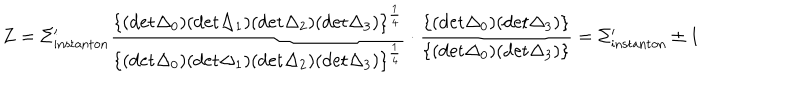
Z = \Sigma _ { \mathrm { i n s t a n t o n } } ^ { \prime } { \frac { \{ ( \mathrm { d e t } \Delta _ { 0 } ) ( \mathrm { d e t } \Delta _ { 1 } ) ( \mathrm { d e t } \Delta _ { 2 } ) ( \mathrm { d e t } \Delta _ { 3 } ) \} ^ { \frac { 1 } { 4 } } } { \{ ( \mathrm { d e t } \Delta _ { 0 } ) ( \mathrm { d e t } \Delta _ { 1 } ) ( \mathrm { d e t } \Delta _ { 2 } ) ( \mathrm { d e t } \Delta _ { 3 } ) \} ^ { \frac { 1 } { 4 } } } } \cdot { \frac { \{ ( \mathrm { d e t } \Delta _ { 0 } ) ( \mathrm { d e t } \Delta _ { 3 } ) \} } { \{ ( \mathrm { d e t } \Delta _ { 0 } ) ( \mathrm { d e t } \Delta _ { 3 } ) \} } } = \Sigma _ { \mathrm { i n s t a n t o n } } ^ { \prime } \pm 1